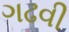
ગઢવી